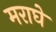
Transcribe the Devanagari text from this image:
मराघे